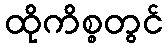
ထိုကိစ္စတွင်